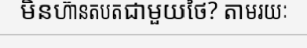
មិនហ៊ានតបតជាមួយថៃ? តាមរយៈ